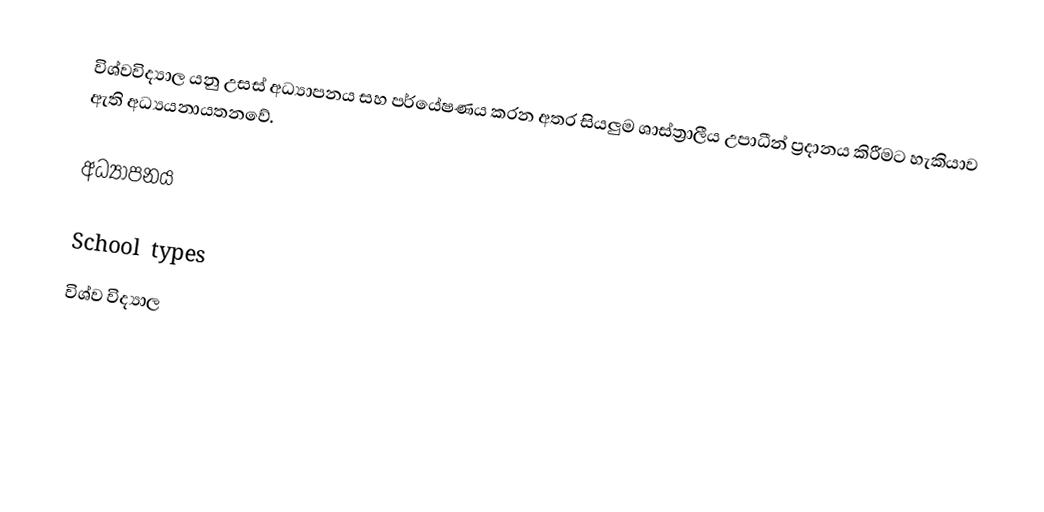
විශ්වවිද්‍යාල යනු උසස් අධ්‍යාපනය සහ පර්යේෂණය කරන අතර සියලුම ශාස්ත්‍රාලීය උපාධීන් ප්‍රදානය කිරීමට හැකියාව ඇති අධ්‍යයනායතනවේ.

අධ්‍යාපනය

School types
විශ්ව විද්‍යාල